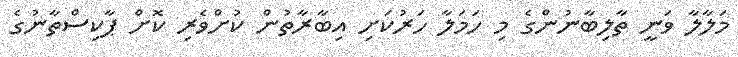
މަލާލާ ވަނީ ތާލިބާނުންގެ މި ހަމަލާ ހަރުކަށި އިބާރާތުން ކުށްވެރި ކޮށް ޕާކިސްތާނުގެ